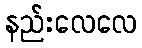
နည်းလေလေ